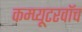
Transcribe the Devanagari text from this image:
कम्प्यूटरवॉच